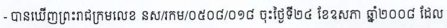
- បានឃើញព្រះរាជក្រមលេខ នស/រកម/០៥០៨/០១៨ ចុះថ្ងៃទី២៤ ខែឧសភា ឆ្នាំ២០០៨ ដែល